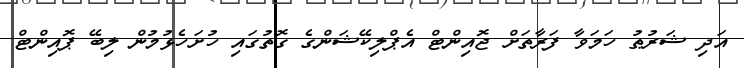
އަދި ޝަރުޠު ހަމަވާ ފަރާތަށް ޖޮއިންޓް އެޕްލިކޭޝަންގެ ގޮތުގައި ހުށަހެޅުމުން ލިބޭ ޕޮއިންޓް